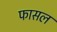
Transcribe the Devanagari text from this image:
फासल